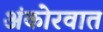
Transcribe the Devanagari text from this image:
अंकोरवात